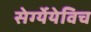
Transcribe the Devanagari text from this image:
सेर्ग्येयेविच